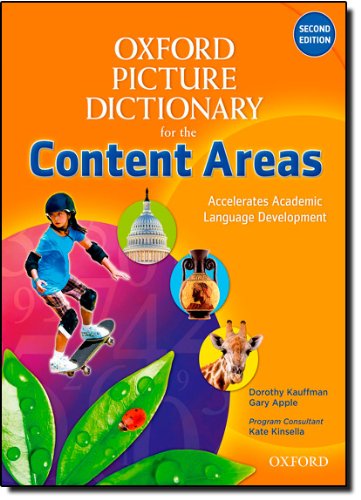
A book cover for Oxford Picture Dictionary for the Content Areas English Dictionary (Oxford Picture Dictionary for the Content Areas 2e); Dorothy Kauffman; Children's Books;